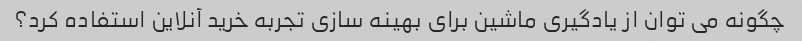
چگونه می توان از یادگیری ماشین برای بهینه سازی تجربه خرید آنلاین استفاده کرد؟